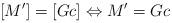
LaTeX: \begin{align*} [ M' ] = [ Gc ] \Leftrightarrow M' = Gc\end{align*}